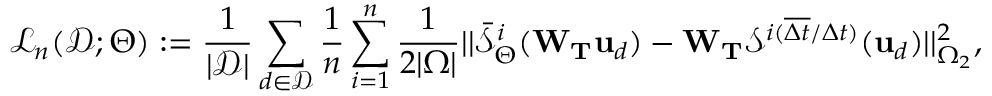
\mathcal { L } _ { n } ( \mathcal { D } ; \boldsymbol { \Theta } ) : = \frac { 1 } { | \mathcal { D } | } \sum _ { d \in \mathcal { D } } \frac { 1 } { n } \sum _ { i = 1 } ^ { n } \frac { 1 } { 2 | \Omega | } | | \bar { \mathcal { S } } _ { \boldsymbol { \Theta } } ^ { i } ( \mathbf { W } _ { \mathbf { T } } \mathbf { u } _ { d } ) - \mathbf { W } _ { \mathbf { T } } \mathcal { S } ^ { i ( \overline { { \Delta t } } / \Delta t ) } ( \mathbf { u } _ { d } ) | | _ { \Omega _ { 2 } } ^ { 2 } ,